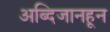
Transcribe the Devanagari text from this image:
अब्दिजानहून